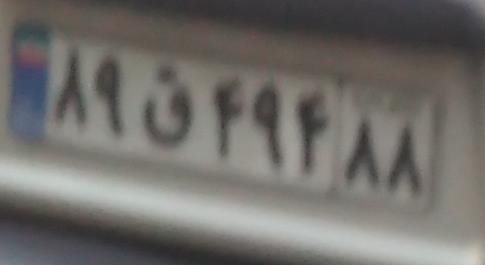
۸۹ق۴۹۴۸۸